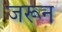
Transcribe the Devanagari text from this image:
जरून